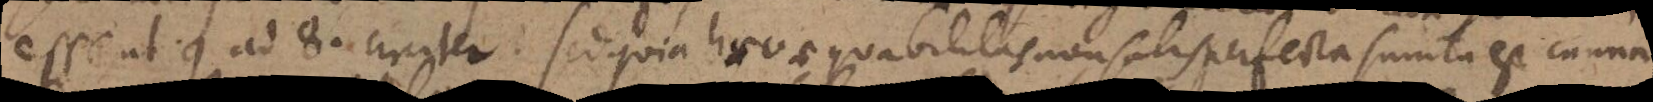
esse ut 9. ad 8. circiter. Sed quia haec aequabilitas non satis perfecta sumta est canna